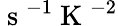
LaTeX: \mathrm{~s~}^{-1}\mathrm{~K~}^{-2}